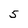
Character: 5